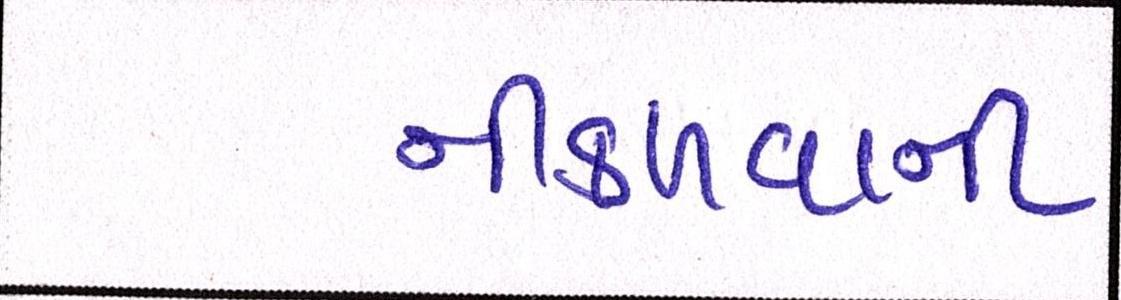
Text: નીકળવાની